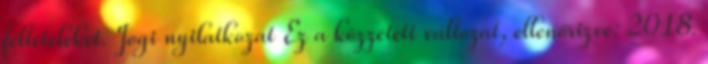
feltételeket. Jogi nyilatkozat Ez a közzétett változat, ellenőrizve: 2018.